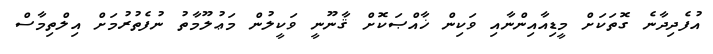
އުފެދިދާނެ ގޮތަކަށް މީޑިއާއިންނާއި ވަކިން ޚާއްޞަކޮށް ޤާނޫނީ ވަކީލުން މަޢުލޫމާތު ނުފެތުރުމަށް އިލްތިމާސް